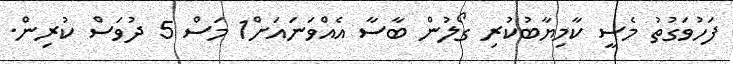
ފަހުވަގުތު މެސީ ކާމިޔާބުކުރި ގޯލުން ބާސާ އެއްވަނައަށް1 މަސް 5 ދުވަސް ކުރިން.